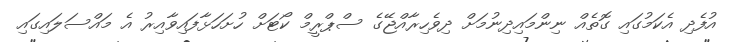
އުފެދި އެކަމުގައި ގޮތެއް ނިންމައިދިނުމަށް ދިވެހިރާއްޖޭގެ ސްޕްރީމް ކޯޓަށް ހުށަހަޅާފައިވާއިރު އެ މައްސަލައިގައި